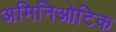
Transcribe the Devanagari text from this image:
अमिनिओटिक